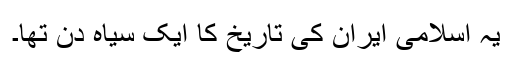
یہ اسلامی ایران کی تاریخ کا ایک سیاہ دن تھا۔